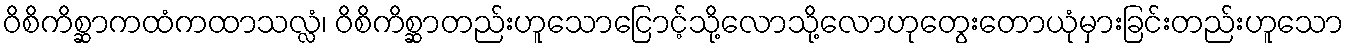
ဝိစိကိစ္ဆာကထံကထာသလ္လံ၊ ဝိစိကိစ္ဆာတည်းဟူသောငြောင့်သို့လောသို့လောဟုတွေးတောယုံမှားခြင်းတည်းဟူသော